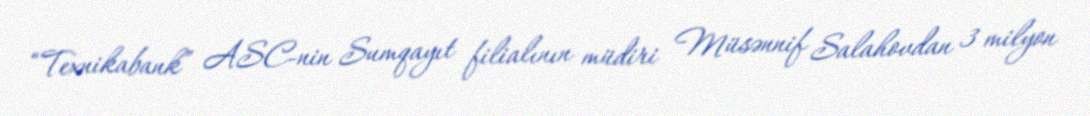
“Texnikabank” ASC-nin Sumqayıt filialının müdiri Müsənnif Salahovdan 3 milyon